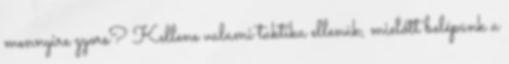
mennyire gyors? Kellene valami taktika ellenük, mielőtt belépünk a